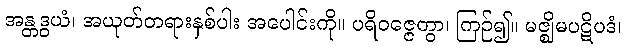
အန္တဒွယံ၊ အယုတ်တရားနှစ်ပါး အပေါင်းကို။ ပရိဝဇ္ဇေတွာ၊ ကြဉ်၍။ မဇ္ဈိမပဋိပဒံ၊